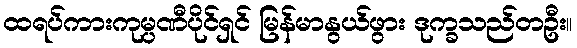
ထရပ်ကားကုမ္ပဏီပိုင်ရှင် မြန်မာနွယ်ဖွား ဒုက္ခသည်တဦး။